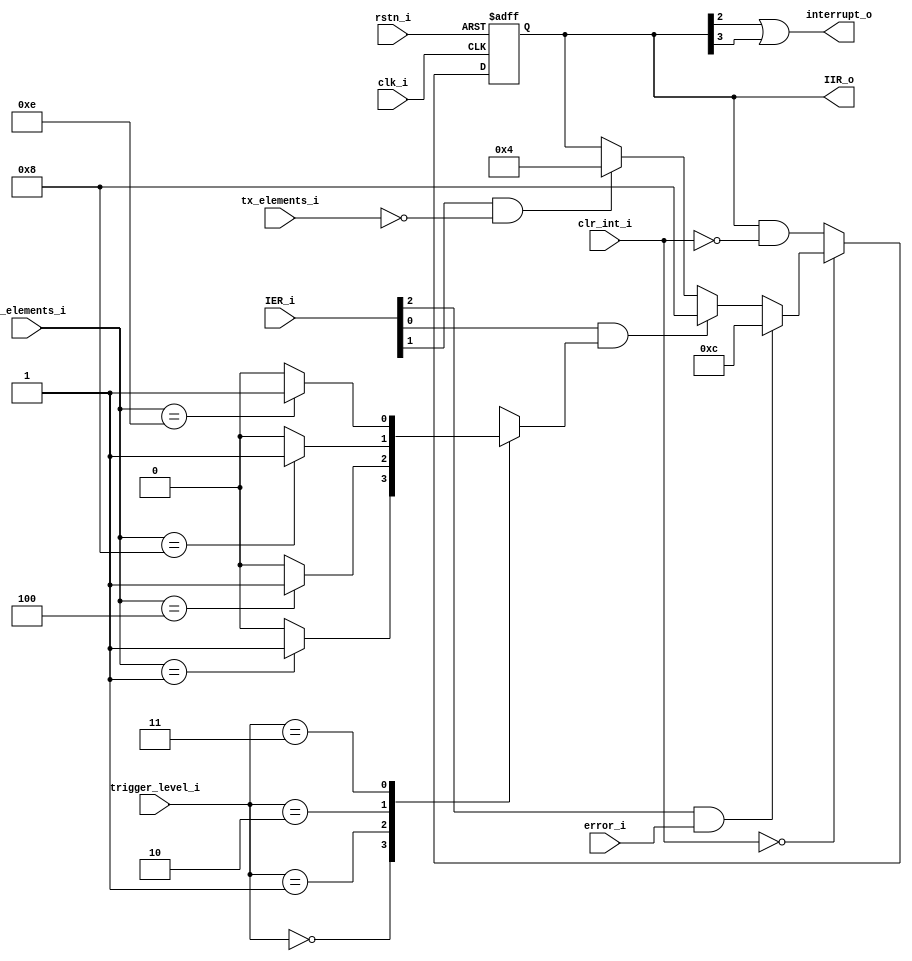
// Copyright 2017 ETH Zurich and University of Bologna.
// -- Adaptable modifications made for hbirdv2 SoC. -- 
// Copyright 2020 Nuclei System Technology, Inc.
// Copyright and related rights are licensed under the Solderpad Hardware
// License, Version 0.51 (the License); you may not use this file except in
// compliance with the License.  You may obtain a copy of the License at
// http://solderpad.org/licenses/SHL-0.51. Unless required by applicable law
// or agreed to in writing, software, hardware and materials distributed under
// this License is distributed on an AS IS BASIS, WITHOUT WARRANTIES OR
// CONDITIONS OF ANY KIND, either express or implied. See the License for the
// specific language governing permissions and limitations under the License.

module uart_interrupt
#(
    parameter TX_FIFO_DEPTH = 32,
    parameter RX_FIFO_DEPTH = 32
)
(
    input  wire                           clk_i,
    input  wire                           rstn_i,

    // registers
    input  wire [2:0]                     IER_i,             // interrupt enable register

    // control logic
    input  wire                           error_i,
    input  wire [$clog2(RX_FIFO_DEPTH):0] rx_elements_i,
    input  wire [$clog2(TX_FIFO_DEPTH):0] tx_elements_i,
    input  wire [1:0]                     trigger_level_i,

    input  wire [3:0]                     clr_int_i,         // one hot

    output wire                           interrupt_o,
    output wire [3:0]                     IIR_o
);

    reg [3:0] iir_n;
    reg [3:0] iir_q;
    reg trigger_level_reached;

    always @(*) begin
        trigger_level_reached = 1'b0;
        case (trigger_level_i)
            2'b00:
                if ($unsigned(rx_elements_i) == 1)
            	    trigger_level_reached = 1'b1;
            2'b01:
                if ($unsigned(rx_elements_i) == 4)
            	    trigger_level_reached = 1'b1;
            2'b10:
                if ($unsigned(rx_elements_i) == 8)
            	    trigger_level_reached = 1'b1;
            2'b11:
                if ($unsigned(rx_elements_i) == 14)
            	    trigger_level_reached = 1'b1;
        endcase
    end


    always @(*) begin
        if (clr_int_i == 4'b0) begin
            // Receive data parity error
            if (IER_i[2] & error_i)
            	iir_n = 4'b1100;
            // Trigger level reached in FIFO mode
            else if (IER_i[0] & trigger_level_reached)
            	iir_n = 4'b1000;
            // Transmitter holding register empty
            else if (IER_i[1] & (tx_elements_i == 0))
            	iir_n = 4'b0100;
            else
            	iir_n = iir_q;
        end else begin
            iir_n = iir_q & ~clr_int_i;
        end
    end


    always @(posedge clk_i or negedge rstn_i) begin
        if (~rstn_i)
       	    iir_q <= 4'b0;
        else
       	    iir_q <= iir_n;
    end

    assign IIR_o = iir_q;
    assign interrupt_o = iir_q[2] | iir_q[3];

endmodule